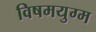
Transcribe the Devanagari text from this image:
विषमयुग्म